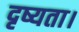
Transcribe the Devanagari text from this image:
दृष्यता।